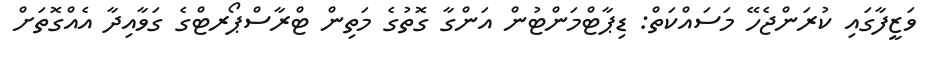
ވަޒީފާގައި ކުރަންޖެހޭ މަސައްކަތް: ޑިޕާޓްމަންޓުން އަންގާ ގޮތުގެ މަތިން ޓްރާސްޕޯރޓްގެ ގަވާއިދާ އެއްގޮތަށް